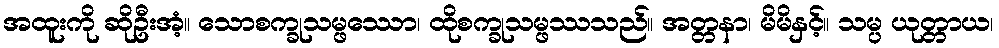
အထူးကို ဆိုဦးအံ့။ သောစက္ခုသမ္ဖဿော၊ ထိုစက္ခုသမ္ဖဿသည်။ အတ္တနာ၊ မိမိနှင့်။ သမ္ပ ယုတ္တာယ၊